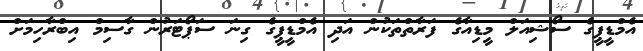
އެމްޑީޕީގެ ސޯޝިއަލް މީޑިއާގެ ފަރާތްތަކުން އަދި އެމްޑީޕީގެ ގިނަ ސަޕޯޓަރުން ގާސިމް އިބްރާހިމަށް